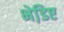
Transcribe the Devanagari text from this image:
भेडि़ए